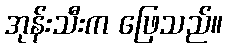
အုန်းသီးက ဖြေသည်။